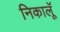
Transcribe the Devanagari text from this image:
निकालूॅ